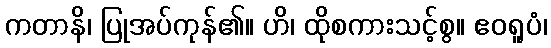
ကတာနိ၊ ပြုအပ်ကုန်၏။ ဟိ၊ ထိုစကားသင့်စွ။ ဧဝရူပံ၊